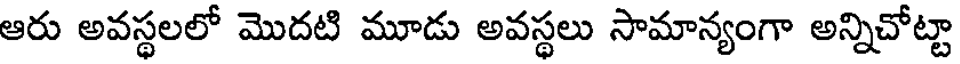
ఆరు అవస్థలలో మొదటి మూడు అవస్థలు సామాన్యంగా అన్నిచోట్టా